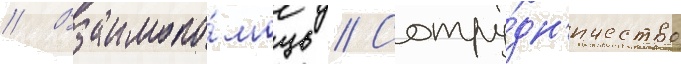
// Взаимопо́мощь // Сотру́дн'ичество